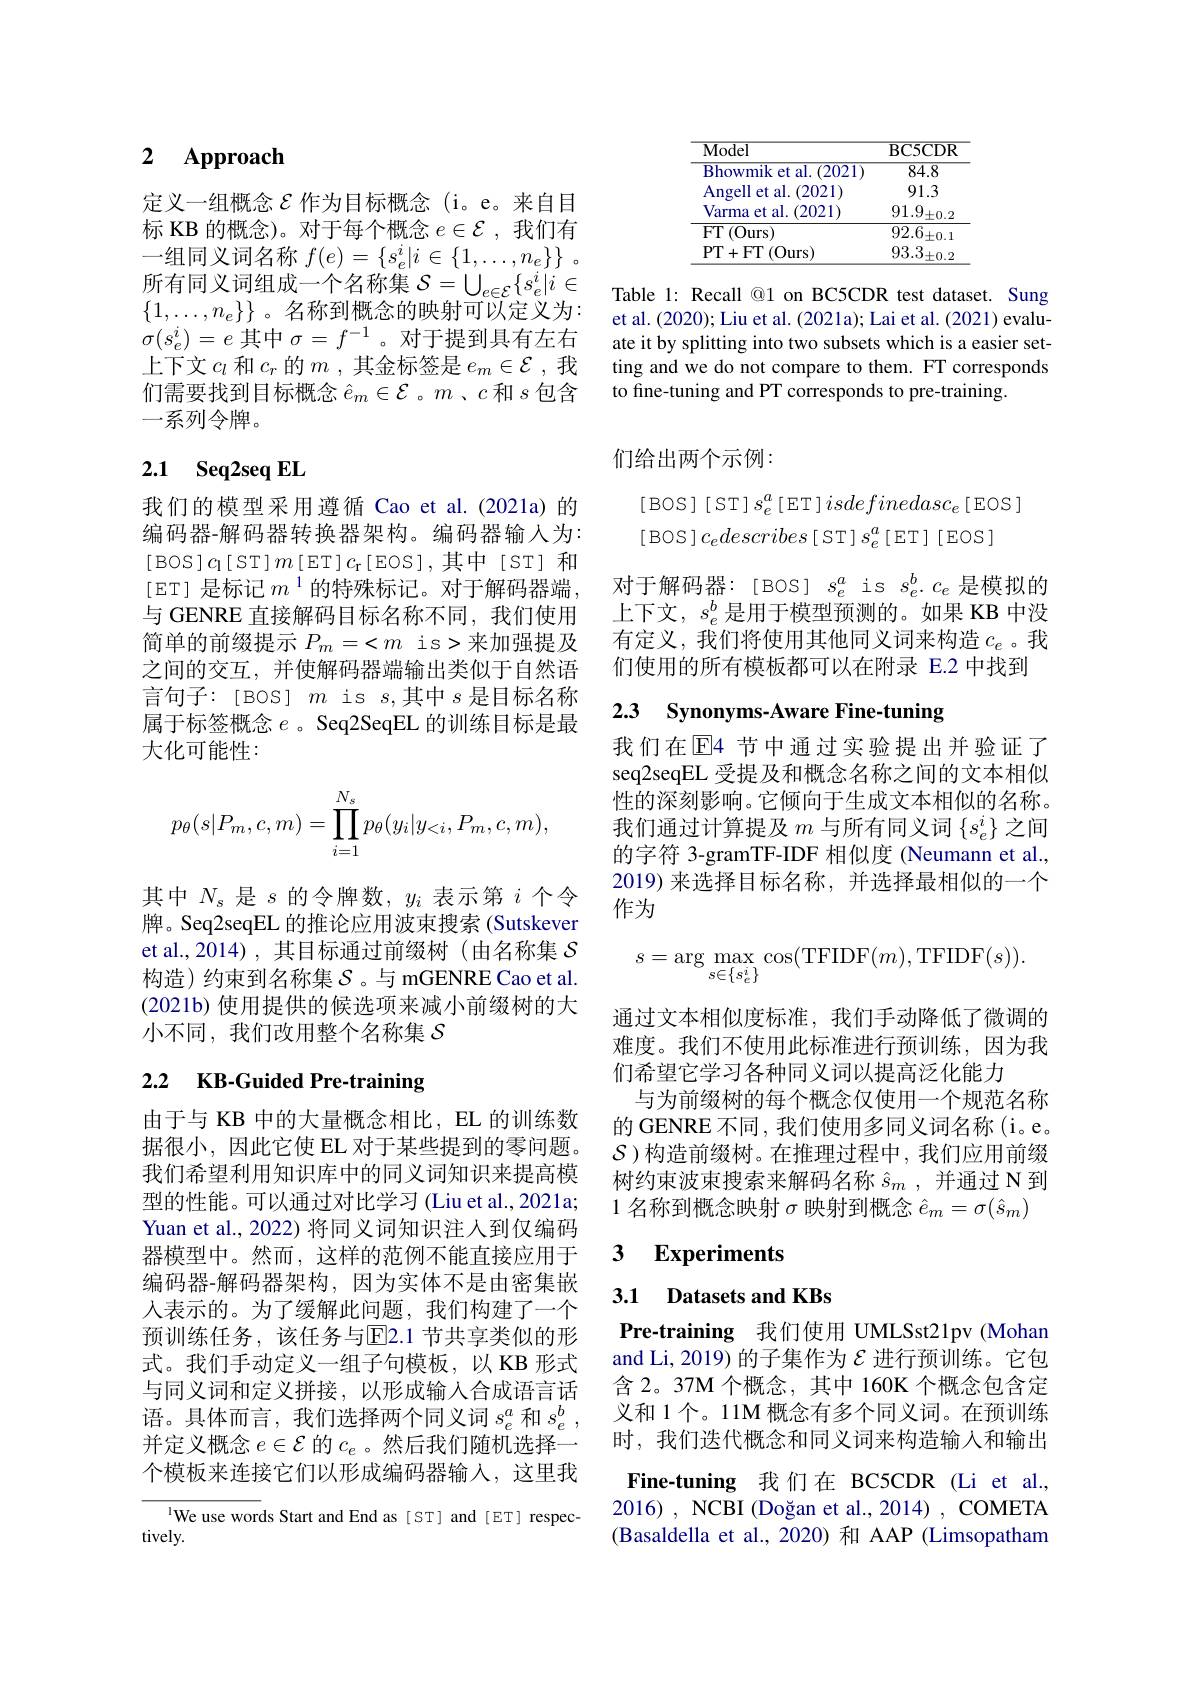
## 2 $\mathbf{Approach}$

定义一组概念$\varepsilon$ 作为目标概念(i。e。来自目标 KB 的概念)。对于每个概念$e\in\mathcal{E}$,我们有一组同义词名称$f( e) = \{ s_e^i| i\in \{ 1, \ldots , n_e\} \}$ . 所有同义词组成一个名称集$\mathcal{S}=\bigcup_e\in\mathcal{E}\{s_e^i|i\in$ $\{1,\ldots,n_e\}\}$。名称到概念的映射可以定义为： $\sigma(s_e^i)=e$其中$\sigma=f^-1$ 。对于提到具有左右上下文$c_l$和$c_r$的$m$ ,其金标签是$e_m\in\mathcal{E}$ ,我们需要找到目标概念$\hat{e}_m\in\mathcal{E}$ 。$m$ 、$c$和$s$包含一系列令牌。

## 2.1 Seq2seq EL

我们的模型采用遵循 Cao et al.(2021a)的编码器-解码器转换器架构。编码器输入为： [BOS$]c_1[$ST$]m[$ET$]c_\mathrm{r}[$EOS],其中[ST]和[ET] 是标记$m^{1}$的特殊标记。对于解码器端， 与 GENRE 直接解码目标名称不同，我们使用简单的前缀提示$P_m=<m$ is>来加强提及之间的交互，并使解码器端输出类似于自然语言句子：[BOS] $m$ is $s$,其中 $s$ 是目标名称属于标签概念$e$ 。Seq2SeqEL 的训练目标是最大化可能性：
$$\begin{aligned}p_\theta(s|P_m,c,m)=\prod_{i=1}^{N_s}p_\theta(y_i|y_{<i},P_m,c,m),\end{aligned}$$
其中$N_s$是$s$的令牌数，$y_i$表示第$i$个令牌。Seq2seqEL 的推论应用波束搜索 (Sutskever et al.,2014),其目标通过前缀树(由名称集$\mathcal{S}$ 构造)约束到名称集$\mathcal{S}$ 。与 mGENRE Cao et al. (2021b) 使用提供的候选项来减小前缀树的大小不同，我们改用整个名称集$S$

# 2.2 KB-Guided Pre-training

由于与 KB 中的大量概念相比，EL 的训练数据很小，因此它使 EL 对于某些提到的零问题。我们希望利用知识库中的同义词知识来提高模型的性能。可以通过对比学习 (Liu et al.,2021a; Yuan et al., 2022) 将同义词知识注人到仅编码器模型中。然而，这样的范例不能直接应用于编码器-解码器架构，因为实体不是由密集嵌人表示的。为了缓解此问题，我们构建了一个预训练任务，该任务与E2.1 节共享类似的形式。我们手动定义一组子句模板，以 KB 形式与同义词和定义拼接，以形成输入合成语言话语。具体而言，我们选择两个同义词$s_e^a$和$s_e^b$, 并定义概念$e\in\mathcal{E}$的$c_e$ 。然后我们随机选择一个模板来连接它们以形成编码器输入，这里我

We use words Start and End as [ST] and [ET] respec-
tively.

<table>
	<tbody>
		<tr>
			<th>Model</th>
			<th>BC5CDR</th>
		</tr>
		<tr>
			<td>Bhowmik et al. ( 2021</td>
			<td>$\overline{84.8}$</td>
		</tr>
		<tr>
			<td>Angell et al.(2021)</td>
			<td>91.3</td>
		</tr>
		<tr>
			<td>Varma et al.(2021)</td>
			<td>91.9 $\pm0.2$</td>
		</tr>
		<tr>
			<td>$FT$ $\frac{1}{2}$ (0urs)</td>
			<td>${\overline{92.6_{\pm0.1}}}$</td>
		</tr>
		<tr>
			<td>PT+ FT (0urs</td>
			<td>$93.3_{\pm0.2}$</td>
		</tr>
	</tbody>
</table>

Table 1: Recall @1 on BC5CDR test dataset. Sung et al. (2020); Liu et al. (2021a); Lai et al. (2021) evaluate it by splitting into two subsets which is a easier setting and we do not compare to them. FT corresponds to fine-tuning and PT corresponds to pre-training.

## 们给出两个示例：

[BOS][ST$]s_e^a$[ET$]isdefinedasc_e$[EOS]
[BOS$]c_edescribes[$ST$]s_e^a[$ET][EOS]
对于解码器：[BOS] $s_e^a$ is $s_e^b.c_e$是模拟的上下文，$s_e^b$是用于模型预测的。如果 KB 中没有定义，我们将使用其他同义词来构造$c_e$。我们使用的所有模板都可以在附录 E.2 中找到

## 2.3 Synonyms-Aware Fine-tuning

我们在$\overline{\mathrm{E}}$4 节中通过实验提出并验证了seq2seqEL 受提及和概念名称之间的文本相似性的深刻影响。它倾向于生成文本相似的名称。我们通过计算提及$m$与所有同义词$\{s_e^i\}$之间的字符 3-gramTF-IDF 相似度 (Neumann et al., 2019)来选择目标名称，并选择最相似的一个作为
$$s=\arg\max\limits_{s\in\{s_e^i\}}\cos(\mathrm{TFIDF}(m),\mathrm{TFIDF}(s)).$$
通过文本相似度标准，我们手动降低了微调的难度。我们不使用此标准进行预训练，因为我们希望它学习各种同义词以提高泛化能力
与为前缀树的每个概念仅使用一个规范名称的 GENRE 不同 , 我们使用多同义词名称 (i。e。$\mathcal{S}$)构造前缀树。在推理过程中，我们应用前缀树约束波束搜索来解码名称$\hat{s} _m$ , 并通过 N 到1 名称到概念映射$\sigma$映射到概念$\hat{e}_m=\sigma(\hat{s}_m)$

### $\textbf{3}$ $\textbf{Experiments}$

## 3.1 Datasets and KBs

Pre-training 我们使用 UMLSst21pv (Mohan and Li, 2019) 的子集作为$\mathcal{E}$进行预训练。它包含 2。37M 个概念，其中 160K 个概念包含定义和 1个。11M 概念有多个同义词。在预训练时，我们迭代概念和同义词来构造输入和输出Fine-tuning 我们在 BC5CDR (Li et al., 2016) , NCBI (Doğan et al., 2014) , COMETA (Basaldella et al., 2020) 和 AAP (Limsopatham